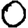
Digit: 0